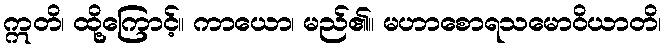
ဣတိ၊ ထို့ကြောင့်။ ကာယော၊ မည်၏။ မဟာစောရသမောဝိယာတိ၊